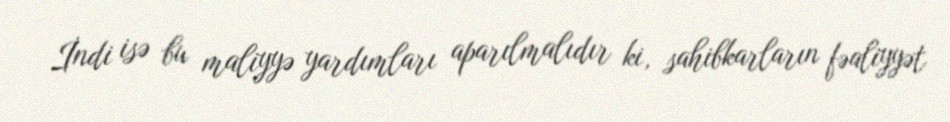
İndi isə bu maliyyə yardımları aparılmalıdır ki, sahibkarların fəaliyyət